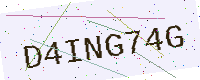
Text: D4ING74G